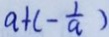
a + ( - \frac { 1 } { a } )